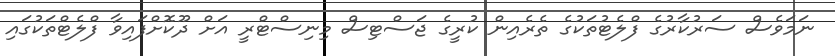
ނަމަވެސް ސަރުކާރުގެ ފްލެޓުތަކުގެ ތެރެއިން ކުރީގެ ޖަސްޓިސް މިނިސްޓްރީ އަށް ދޫކޮށްފައިވާ ފްލެޓްތަކުގައި